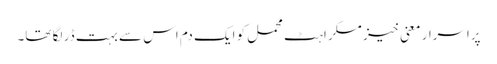
پراسرار معنی خیز مسکراہٹ محمل کو ایک دم اس سے بہت ڈر لگا تھا۔